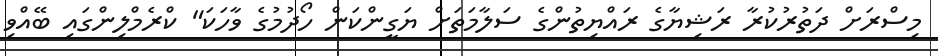
މިސްރަށް ދަތުރުކުރާ ރަޝިޔާގެ ރައްޔިތުންގެ ސަލާމަތަށް ޔަގީންކަން ހޯދުމުގެ ވާހަކަ" ކްރެމްލިންގައި ބޭއްވި